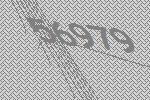
56979